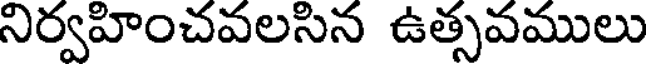
నిర్వహించవలసిన ఉత్సవములు